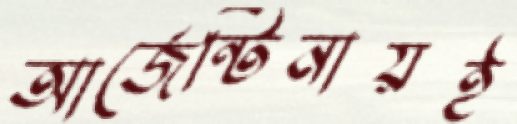
আর্জেন্টিনায়ই